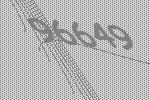
96649